Annual report on the working of the mental hospitals in the Madras Presidency - 1912-1932
Year: 1912
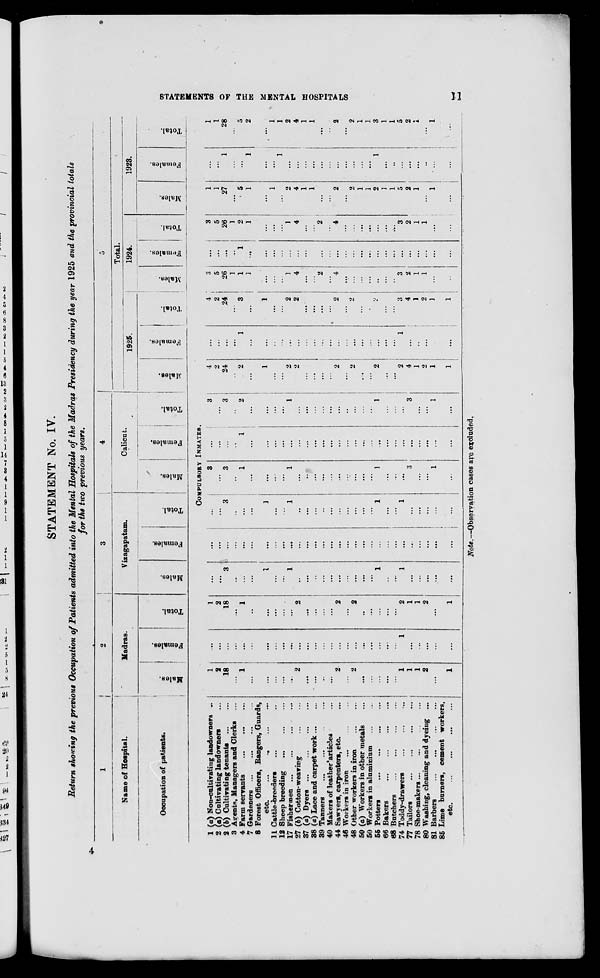
STATEMENTS OF THE MENTAL HOSPITALS
11
STATEMENT No. IV.
Return showing the previous Occupation of Patients admitted into the Mental Hospitals of the Madras Presidency during the year 1925 and the provincial totals
for the two previous years.
1
Name of Hospital.
Occupation of patients.
2
Madras.
Males.
Females.
Total.
3
Vizagapatam.
Males.
Females.
Total.
4
Calicut.
Males.
Females.
Total.
5
Total.
1925.
Males.
Females.
Total.
1924.
Males.
Females.
Total.
1923.
Males.
Females.
Total.
COMPULSORY INMATES
1 (a) Non-cultivating landowners ...
2 (a) Cultivating landowners ...
2 (b) Cultivating tenants
...
...
3 Agents, Managers and Clerks ...
4 Farm servants ... ... ...
7 Gardeners ... ... ... ...
8 Forest Officers, Rangers, Guards,
etc. ... ... ...
11 Cattle-breeders ... ...
12 Sheep breeding
...
...
...
17 Fishermen
...
...
...
...
27 (b) Cotton-weaving
...
...
37 (a) Dyers
...
...
...
...
38 (a) Lace and carpet work ... ...
39 Tanners ... ... ... ...
40 Makers of leather articles ...
44 Sawyers, carpenters, etc. ...
46 Workers in iron ... ... ...
48 Other workers in iron
...
...
50 (a) Workers in other metals ...
50 Workers in aluminium ... ...
55 Potters ... ... ... ...
66 Bakers
...
...
...
...
68 Butchers
...
...
...
...
74 Toddy-drawers ... ... ...
77 Tailors
...
...
...
...
78 Shoe-makers
...
...
...
...
80 Washing, cleaning and dyeing ...
81 Barbers
...
...
...
...
85 Lime burners, cement workers,
etc. ... ... ... ...
1
2
18
...
1
...
...
...
...
...
2
...
...
...
...
2
...
2
...
...
...
...
...
1
1
1
2
...
1
...
...
...
...
...
...
...
...
...
...
...
...
...
...
...
...
...
...
...
...
...
...
...
1
...
...
...
...
...
1
2
18
...
1
...
...
...
...
...
2
...
...
...
...
2
...
2
...
...
...
...
...
2
1
1
2
...
1
...
...
3
...
...
...
1
...
...
1
...
...
...
...
...
...
...
...
...
...
1
...
...
1
...
...
...
...
...
...
...
...
...
...
...
...
...
...
...
...
...
...
...
...
...
...
...
...
...
...
...
...
...
...
...
...
...
...
...
...
3
...
...
...
1
...
...
1
...
...
...
...
...
...
...
...
...
...
1
...
...
1
...
...
...
...
...
3
...
3
...
1
...
...
...
...
1
...
...
...
...
...
...
...
...
...
...
1
...
...
...
3
...
...
1
...
...
...
...
...
1
...
...
...
...
...
...
...
...
...
...
...
...
...
...
...
...
...
...
...
...
...
...
...
...
3
...
3
...
2
...
...
...
...
1
...
...
...
...
...
...
...
...
...
...
1
...
... ...
3
...
...
1
...
4
2
24
...
2
...
1
...
...
2
2
...
...
...
...
2
...
2
...
...
2
...
...
2
4
1
2
1
1
...
...
...
...
1
...
...
...
...
...
...
...
...
...
...
...
...
...
...
...
...
...
...
1
...
...
...
...
...
4
2
24
...
3
...
1
...
...
2
2
...
...
...
...
2
...
2
...
...
2
...
...
3
4
1
2
1
1
3
5
26
1
1
1
...
...
...
1
4
...
...
2
...
4
...
...
...
...
...
...
...
3
2
1
1
...
...
...
...
...
...
1
...
...
...
...
...
...
...
...
...
...
...
...
...
...
...
...
...
...
...
...
...
...
...
...
3
5
26
1
2
1
...
...
...
1
4
...
...
2
...
4
...
...
...
...
...
...
...
3
2
1
1
...
...
1
1
27
...
5
1
...
1
...
2
4
1
1
...
...
2
...
2
1
1
2
1
1
5
2
1
...
1
...
...
...
1
...
...
1
...
...
1
...
...
...
...
...
...
...
...
...
...
...
1
...
...
...
...
...
...
...
...
1
1
28
...
5
2
...
1
1
2
4
1
1
...
...
2
...
2
1
1
3
1
1
5
2
1
...
1
...
Note.—Observation cases are excluded.
4